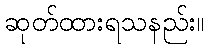
ဆုတ်ထားရသနည်း။